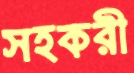
সহকরী